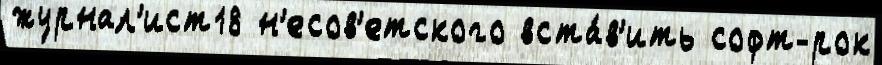
журнал'ист18 н'есов'етского вста́в'ить софт-рок